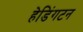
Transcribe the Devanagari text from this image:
हेडिंगटन